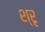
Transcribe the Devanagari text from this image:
श्रृ